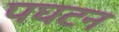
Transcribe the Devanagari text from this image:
पघटन